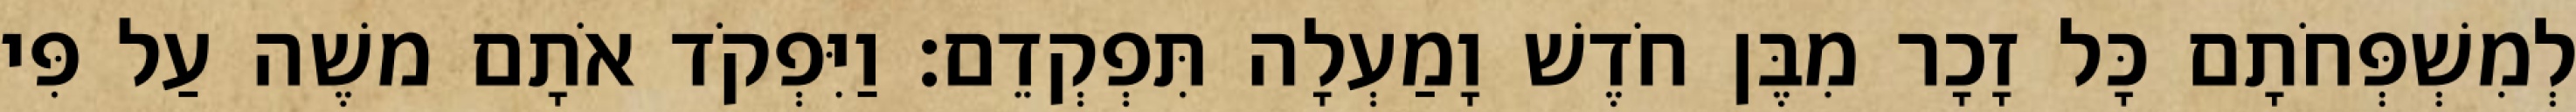
לְמִשְׁפְּחֹתָם כָּל זָכָר מִבֶּן חֹדֶשׁ וָמַעְלָה תִּפְקְדֵם׃ וַיִּפְקֹד אֹתָם משֶׁה עַל פִּי